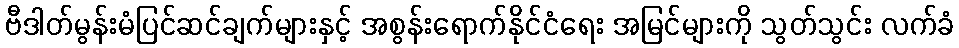
ဗီဒါတ်မွန်းမံပြင်ဆင်ချက်များနှင့် အစွန်းရောက်နိုင်ငံရေး အမြင်များကို သွတ်သွင်း လက်ခံ